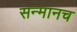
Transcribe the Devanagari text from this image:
सन्मानच